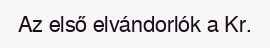
Az első elvándorlók a Kr.